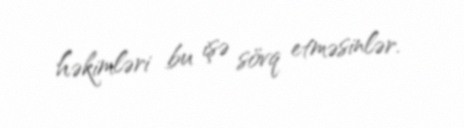
həkimləri bu işə sövq etməsinlər.